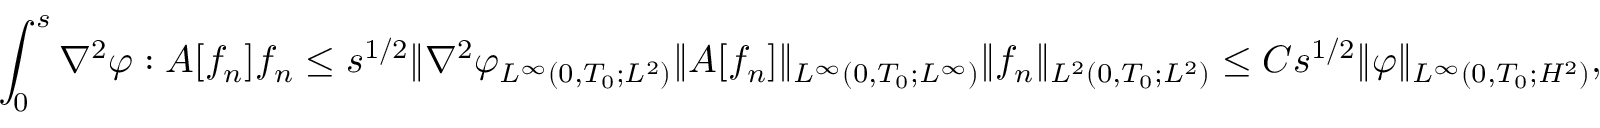
\int _ { 0 } ^ { s } \nabla ^ { 2 } \varphi : A [ f _ { n } ] f _ { n } \le s ^ { 1 / 2 } \| \nabla ^ { 2 } \varphi _ { L ^ { \infty } ( 0 , T _ { 0 } ; L ^ { 2 } ) } \| A [ f _ { n } ] \| _ { L ^ { \infty } ( 0 , T _ { 0 } ; L ^ { \infty } ) } \| f _ { n } \| _ { L ^ { 2 } ( 0 , T _ { 0 } ; L ^ { 2 } ) } \le C s ^ { 1 / 2 } \| \varphi \| _ { L ^ { \infty } ( 0 , T _ { 0 } ; H ^ { 2 } ) } ,